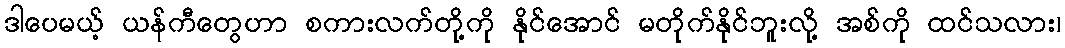
ဒါပေမယ့် ယန်ကီတွေဟာ စကားလက်တို့ကို နိုင်အောင် မတိုက်နိုင်ဘူးလို့ အစ်ကို ထင်သလား၊